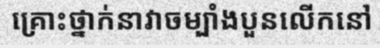
គ្រោះថ្នាក់នាវាចម្បាំងបួនលើកនៅ